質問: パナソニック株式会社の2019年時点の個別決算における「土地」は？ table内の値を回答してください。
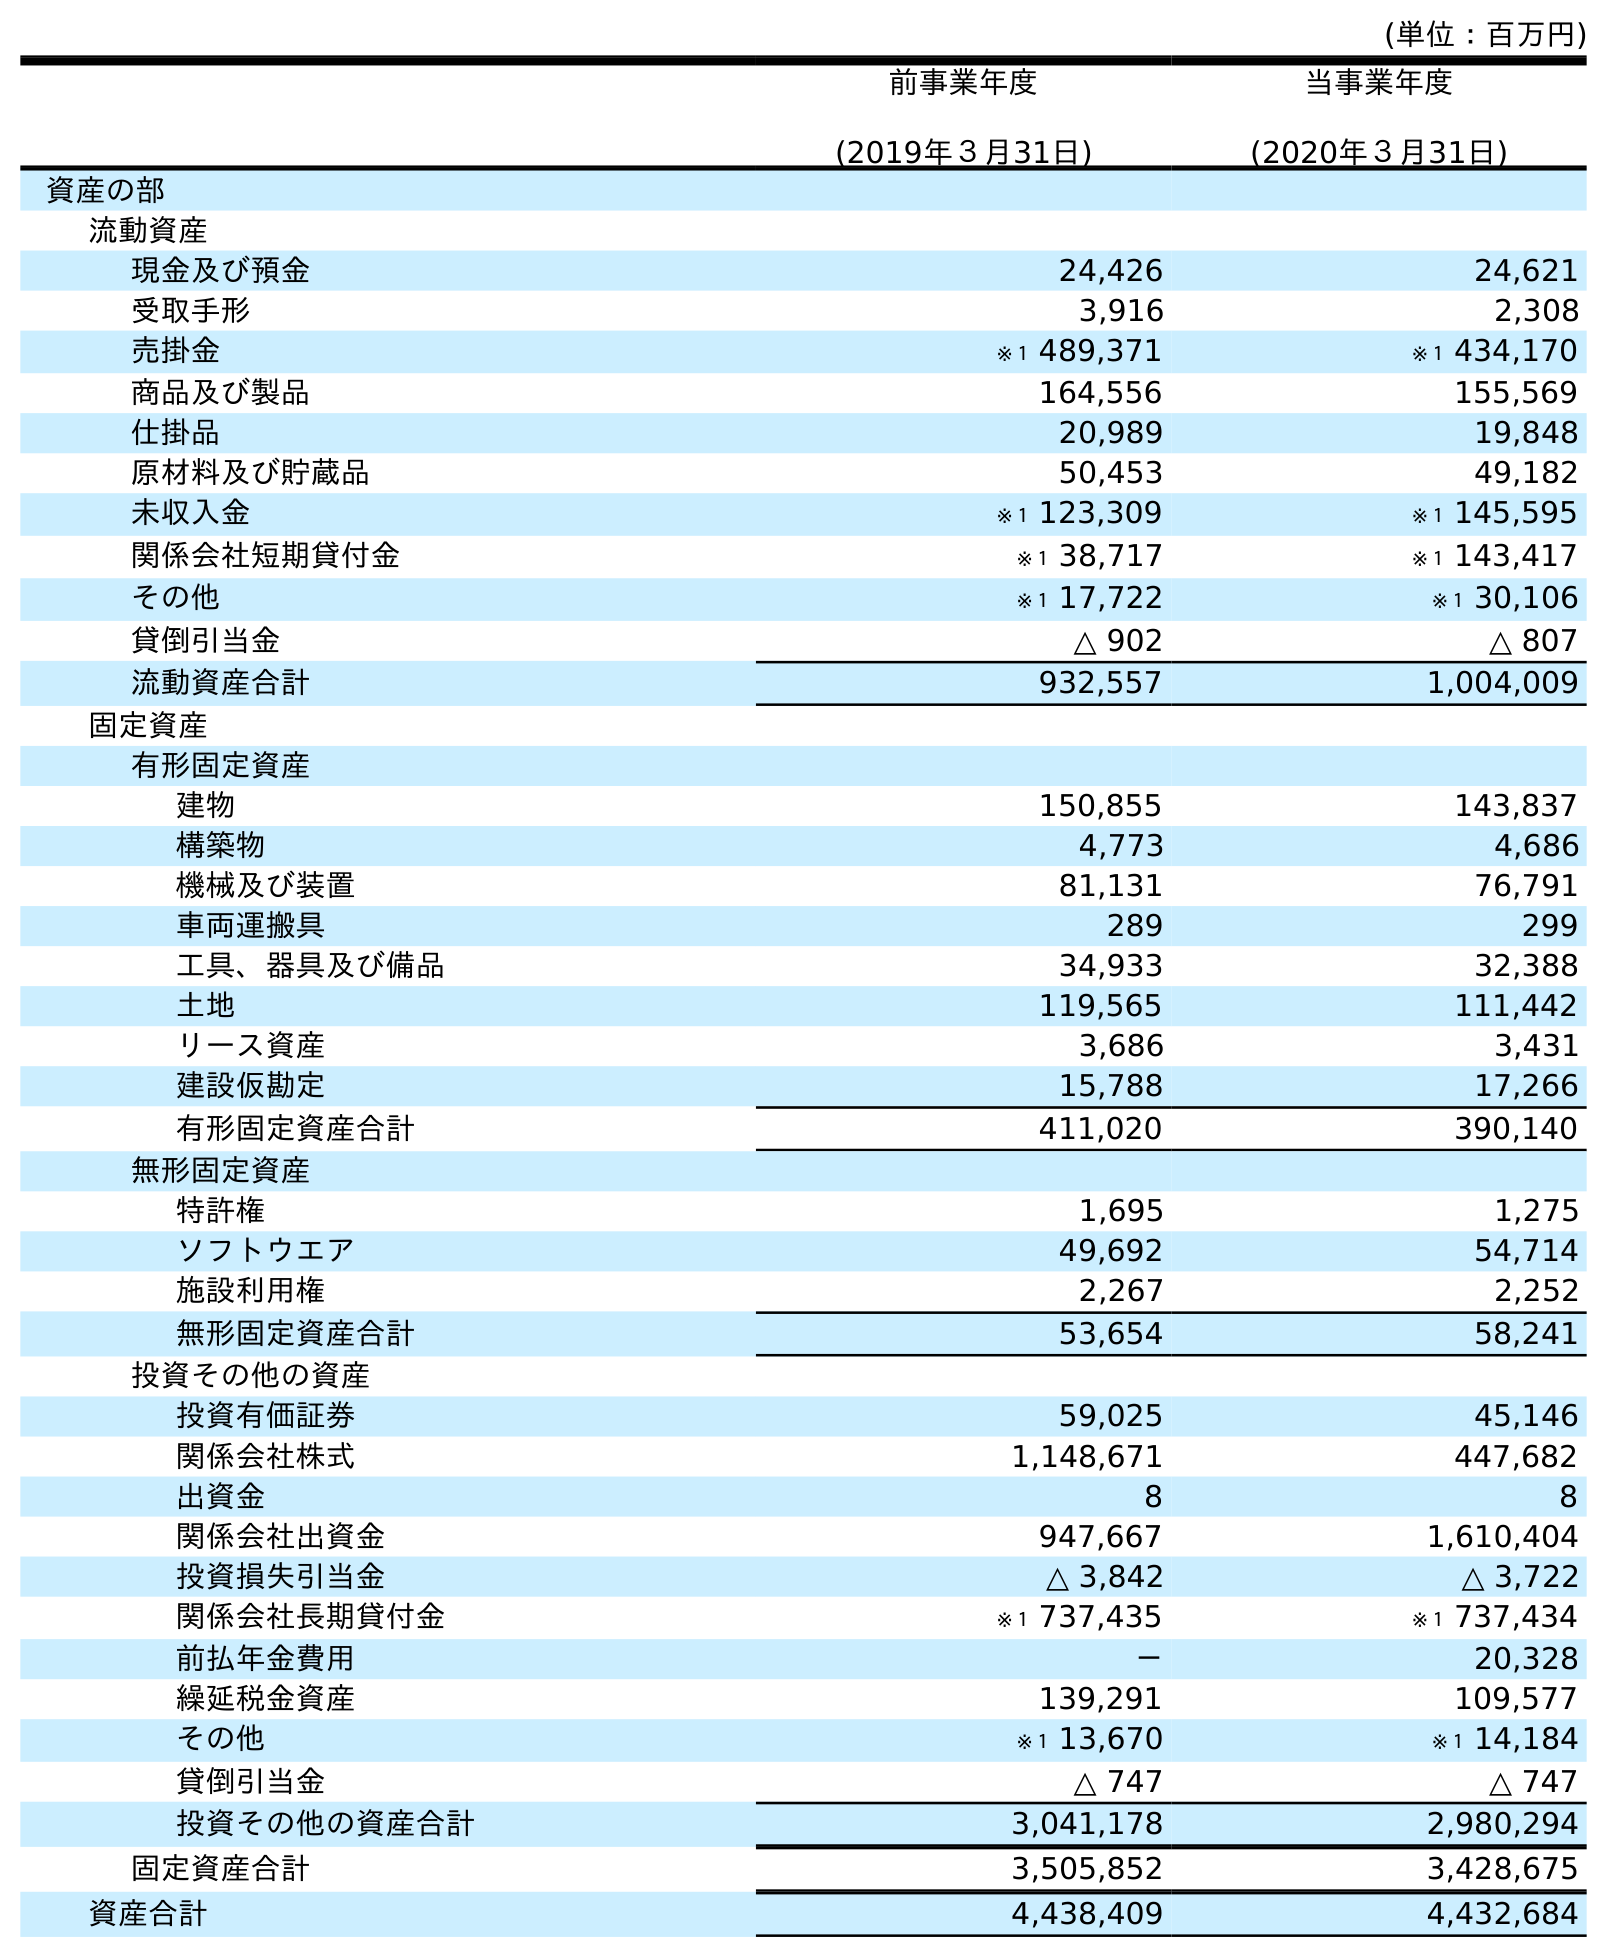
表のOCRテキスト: (単位：百万円) 前事業年度 (2019年３月31日) 当事業年度 (2020年３月31日) 資産の部 流動資産 現金及び預金 24,426 24,621 受取手形 3,916 2,308 売掛金 ※１ 489,371 ※１ 434,170 商品及び製品 164,556 155,569 仕掛品 20,989 19,848 原材料及び貯蔵品 50,453 49,182 未収入金 ※１ 123,309 ※１ 145,595 関係会社短期貸付金 ※１ 38,717 ※１ 143,417 その他 ※１ 17,722 ※１ 30,106 貸倒引当金 △ 902 △ 807 流動資産合計 932,557 1,004,009 固定資産 有形固定資産 建物 150,855 143,837 構築物 4,773 4,686 機械及び装置 81,131 76,791 車両運搬具 289 299 工具、器具及び備品 34,933 32,388 土地 119,565 111,442 リース資産 3,686 3,431 建設仮勘定 15,788 17,266 有形固定資産合計 411,020 390,140 無形固定資産 特許権 1,695 1,275 ソフトウエア 49,692 54,714 施設利用権 2,267 2,252 無形固定資産合計 53,654 58,241 投資その他の資産 投資有価証券 59,025 45,146 関係会社株式 1,148,671 447,682 出資金 8 8 関係会社出資金 947,667 1,610,404 投資損失引当金 △ 3,842 △ 3,722 関係会社長期貸付金 ※１ 737,435 ※１ 737,434 前払年金費用 － 20,328 繰延税金資産 139,291 109,577 その他 ※１ 13,670 ※１ 14,184 貸倒引当金 △ 747 △ 747 投資その他の資産合計 3,041,178 2,980,294 固定資産合計 3,505,852 3,428,675 資産合計 4,438,409 4,432,684
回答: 119,565